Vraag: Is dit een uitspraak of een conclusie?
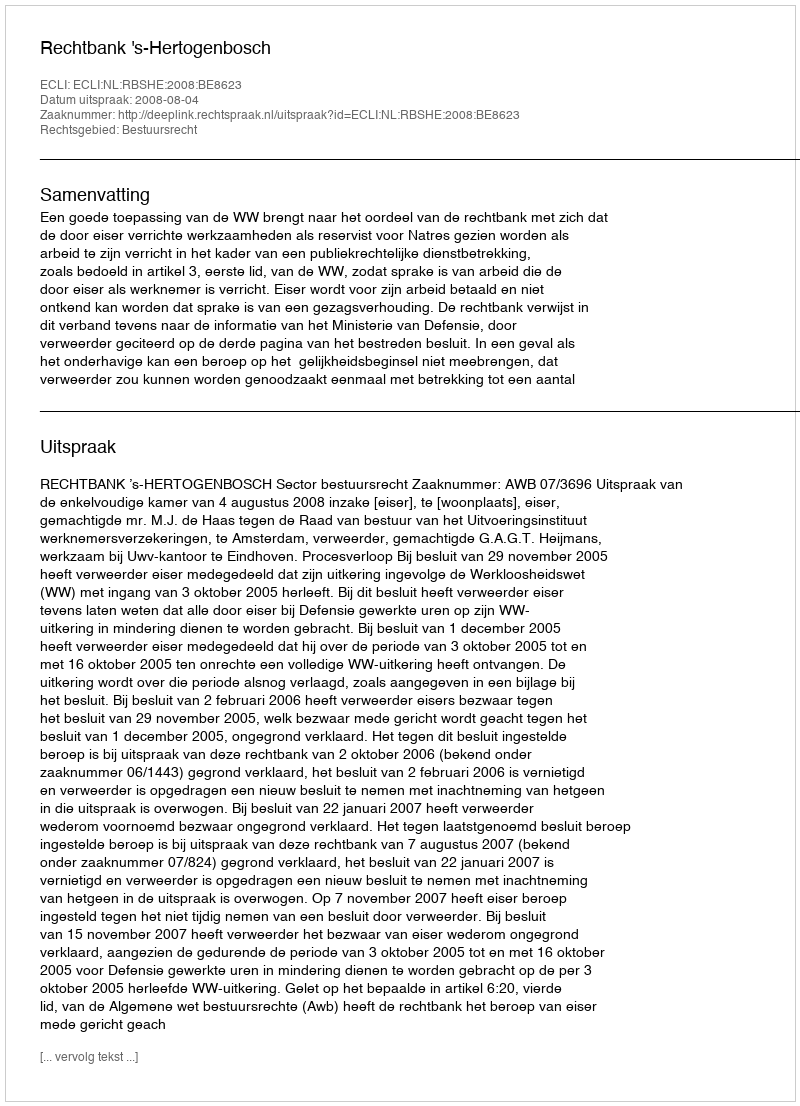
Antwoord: Uitspraak